Report of the Hyderabad Chloroform Commission
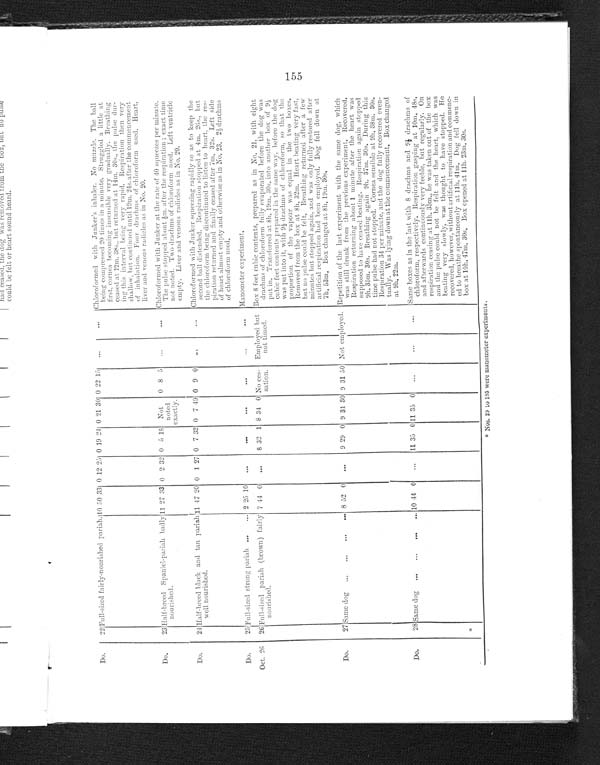
Do.
22 Full-sized fairly-nourished pariah. 10 50 33 0 12 25 0 19 21 0 21 30 0 22 15 ...
... Chloroformed with Junker's inhaler. No muzzle. The ball
being compressed 20 times in a minute. Struggled a little at
first. cornea becoming insensible very gradually. Breathing
ceased at 12m. 38s., but returned at 14m. 30s., the pulse dur-
ing this interval being very rapid. Respiration then very
shallow, but continued until 19m. 24s. after the commencement
of inhalation. Four drachms of chloroform used. Heart,
liver and venous radicles as in No. 20.
Do.
23 Half-breed Spaniel-pariah badly
nourished.
11 27 33 0 2 32 0 5 18 Not
noted
exactly.
0 8 5 ..
... Chloroformed with Junker at the rate of 40 squeezes per minute.
The pulse stopped about ½m. after the respiration ; exact time
not noted. Two drachms of chloroform used. Left ventricle
empty. Liver and venous radicles as in No. 20.
Do.
24 Half-breed black and tan pariah
well nourished.
11 47 20 0 1 27 0 7 32 0 7 49 0 9 0 ...
... Chloroformed with Junker squeezing rapidly so as to keep the
second ball distended. Respiration stopped at 4m. 26s., but
the chloroform being discontinued to listen to heart, the res-
piration returned and finally ceased after 7m. 32s. Left side
of heart almost empty and otherwise as in No. 23. 2½ drachms
of chloroform used.
Do.
25 Full-sized strong pariah ...
... 2 25 10 ...
...
•••
•••
••• Manometer experiment.
Oct. 26 26 Full-sized pariah (brown) fairly
nourished.
7 44 0 ..,,
8 32 1 8 34 0 No ces-
sation
Employed but
not timed.
Box 8 feet cubic contents, prepared as in No. 21, with eight
drachms of chloroform fully evaporated before the dog was
put in. Transferred at 8h. 19m. 30s. into another box of 9½
cubic feet contents prepared in the same way, before the dog
was put into it. with 9½ drachms of chloroform, so that the
proportion of the vapour was equal in the two boxes.
Removed from the box at 8h. 32m. Heart beating very fast,
but no pulse could he felt. Breathing returned after a few
minutes but stopped again, and was only fully restored after
artificial respiration had been employed. Dog fell down at
7h. 53m. Box changed at 8h. 19m. 30s.
Do.
27 Same dog ...
..
... ... 8 52 0 ...
9 29 0 9 31 30 9
31
50 Not employed. Repetition of the last experiment with the same dog, which
was still drunk from the previous experiment. Recovered.
Respiration returning about 1 minute after the heart was
supposed to have ceased beating. Respiration again stopped
9h. 35m. 30s. Breathing again 9h. 37m. 30s. During this
time pulse had not stopped. Cornea sensible at 9h. 38m. 30s.
Respiration 34 per minute, and the dog fully recovered even-
tually. Was lying down at the commencement, Box changed
at 9h. 22m.
Do.
28
*
Same dog ...
... ... 10 44 0 ... 11 35 0 11 35 0 ...
••• Same boxes as in the last with 8 drachms and 9½ drachms of
chloroform, respectively. Respiration gasping at 10m. 48s.
and afterwards continuously very feeble, but regularly. On
respiration ceasing at 11h. 35m., he was taken out of the box
and the pulse could not be felt and the heart, which was
beating very slowly, was thought to have stopped. He
recovered, however, wi thout artificial respiration and commenc-
ed to breathe spontaneously at 11h. 41m. Dog fell down in
box at 10h. 47m. 30s. Box opened at 11h. 23m. 30s.